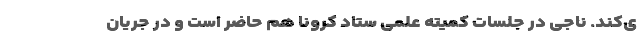
ی‌کند. ناجی در جلسات کمیته علمی ستاد کرونا هم حاضر است و در جریان